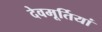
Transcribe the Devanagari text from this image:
देवमूर्तियां